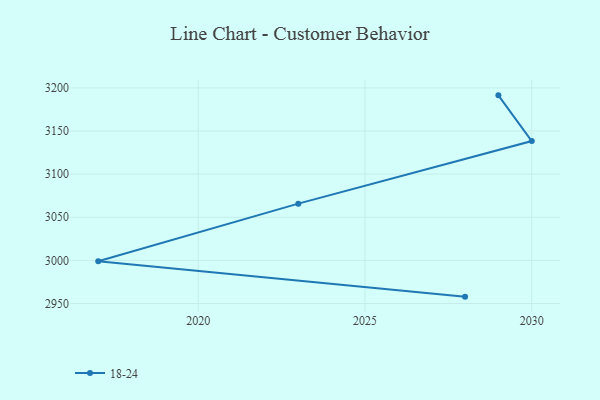
{"axis": {"x": "Year", "y": "Backlog"}, "legend": ["18-24"], "data": [{"x": "2028", "y": 2958.0, "type": "18-24"}, {"x": "2017", "y": 2999.0, "type": "18-24"}, {"x": "2023", "y": 3065.8, "type": "18-24"}, {"x": "2030", "y": 3138.3, "type": "18-24"}, {"x": "2029", "y": 3191.3, "type": "18-24"}]}